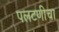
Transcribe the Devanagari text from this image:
पलटणीचा